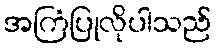
အကြံပြုလိုပါသည်